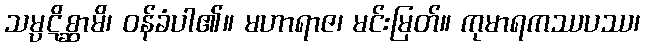
သမ္ပဋိစ္ဆာမိ၊ ဝန်ခံပါ၏။ မဟာရာဇ၊ မင်းမြတ်။ ကုမာရကဿပဿ၊